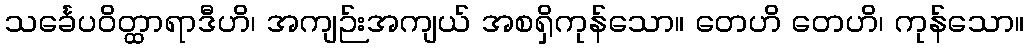
သင်္ခေပဝိတ္ထာရာဒီဟိ၊ အကျဉ်းအကျယ် အစရှိကုန်သော။ တေဟိ တေဟိ၊ ကုန်သော။